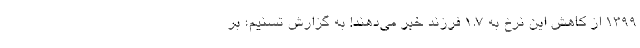
۱۳۹۹ از کاهش این نرخ به ۱.۷ فرزند خبر می‌دهند! به گزارش تسنیم؛ بر